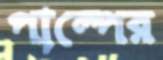
পাল্পের